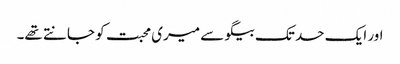
اور ایک حد تک بیگو سے میری محبت کو جانتے تھے۔